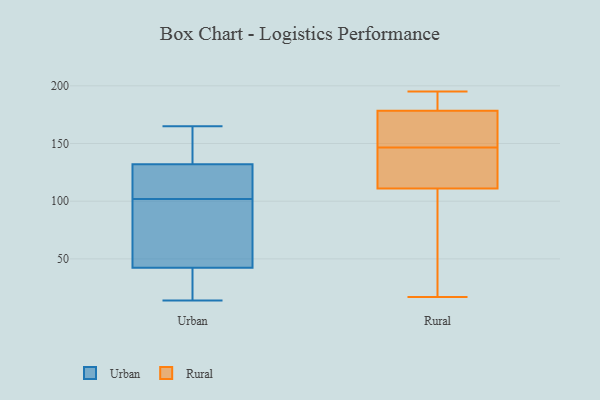
{"axis": {"x": "Production Output", "y": "Value"}, "legend": ["Rural", "Urban"], "data": [{"x": "", "y": 165, "type": "Urban"}, {"x": "", "y": 120, "type": "Urban"}, {"x": "", "y": 25, "type": "Urban"}, {"x": "", "y": 145, "type": "Urban"}, {"x": "", "y": 51, "type": "Urban"}, {"x": "", "y": 24, "type": "Urban"}, {"x": "", "y": 132, "type": "Urban"}, {"x": "", "y": 14, "type": "Urban"}, {"x": "", "y": 84, "type": "Urban"}, {"x": "", "y": 111, "type": "Urban"}, {"x": "", "y": 102, "type": "Urban"}, {"x": "", "y": 132, "type": "Urban"}, {"x": "", "y": 48, "type": "Urban"}, {"x": "", "y": 192, "type": "Rural"}, {"x": "", "y": 59, "type": "Rural"}, {"x": "", "y": 146, "type": "Rural"}, {"x": "", "y": 144, "type": "Rural"}, {"x": "", "y": 185, "type": "Rural"}, {"x": "", "y": 172, "type": "Rural"}, {"x": "", "y": 145, "type": "Rural"}, {"x": "", "y": 152, "type": "Rural"}, {"x": "", "y": 34, "type": "Rural"}, {"x": "", "y": 147, "type": "Rural"}, {"x": "", "y": 80, "type": "Rural"}, {"x": "", "y": 142, "type": "Rural"}, {"x": "", "y": 195, "type": "Rural"}, {"x": "", "y": 164, "type": "Rural"}, {"x": "", "y": 17, "type": "Rural"}, {"x": "", "y": 192, "type": "Rural"}]}